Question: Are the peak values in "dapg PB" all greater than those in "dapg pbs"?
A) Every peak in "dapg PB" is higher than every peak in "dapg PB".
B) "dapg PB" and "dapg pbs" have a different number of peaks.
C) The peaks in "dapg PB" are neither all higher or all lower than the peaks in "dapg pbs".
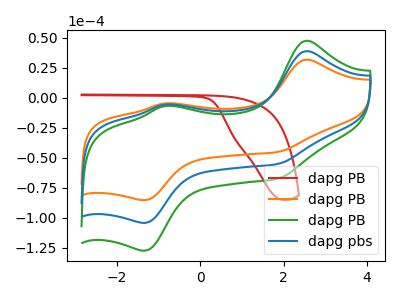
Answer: <think>The red curve "dapg PB" has no peaks. The orange curve "dapg PB" has anodic peaks at (2.55V, 31.85uA) (-0.85V, -4.50uA) and cathodic peaks at (1.85V, -45.10uA) (-1.35V, -85.15uA). The green curve "dapg PB" has anodic peaks at (2.55V, 77.90uA) (-0.85V, -11.05uA) and cathodic peaks at (1.85V, -110.30uA) (-1.35V, -208.25uA). The blue curve "dapg pbs" has anodic peaks at (2.55V, 38.95uA) (-0.85V, -5.50uA) and cathodic peaks at (1.85V, -55.15uA) (-1.35V, -104.15uA).</think>
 <answer>C) The peaks in "dapg PB" are neither all higher or all lower than the peaks in "dapg pbs".</answer>
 <eval>C</eval>